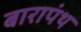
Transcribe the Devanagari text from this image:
बारापंथ